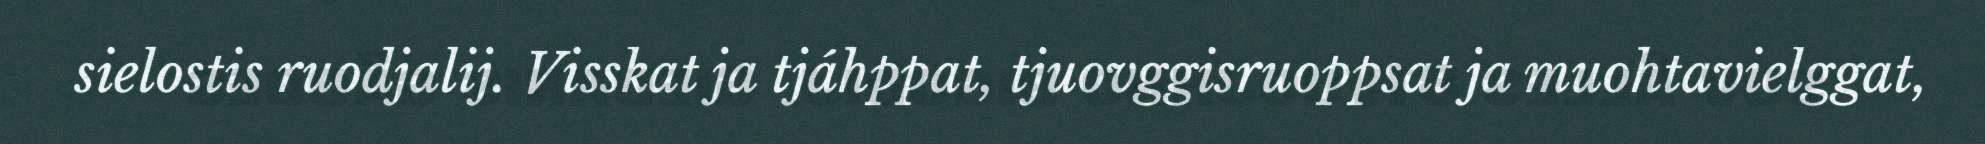
sielostis ruodjalij. Visskat ja tjáhppat, tjuovggisruoppsat ja muohtavielggat,